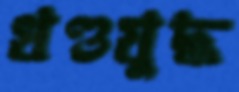
খণ্ডযুদ্ধ